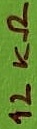
Text: 12KΩ